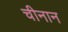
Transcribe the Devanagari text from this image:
चीनान